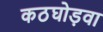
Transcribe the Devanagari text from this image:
कठघोड़वा